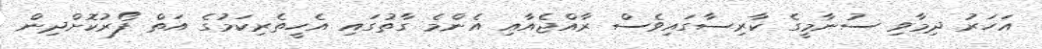
އަހަރު ދިމާވި ސުނާމީގެ ކާރިސާގައިވެސް ރާއްޖެއާއި އެންމެ ގާތުގައި އެހީތެރިކަމުގެ އަތް ފޯރުކޮށްދިން